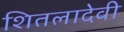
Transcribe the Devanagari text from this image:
शितलादेवी